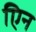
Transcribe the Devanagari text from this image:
एिन